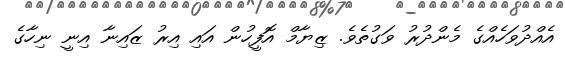
އެއްދުވަހެއްގެ މެންދުރު ވަގުތެވެ. ޒިޔާމް އޮފީހުން އައި އިރު ޒައިނާ އިނީ ނިހާގެ